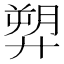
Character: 𢍥